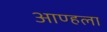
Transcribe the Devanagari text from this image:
आण्हला